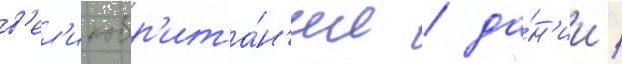
в'ел'икобр'ита́н'ии / да́н'ии /